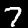
Label: 7